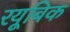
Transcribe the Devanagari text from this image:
रयूबिक